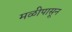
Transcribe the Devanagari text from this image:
मळीपासून